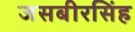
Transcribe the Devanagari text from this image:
जसबीरसिंह